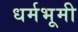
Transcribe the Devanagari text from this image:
धर्मभूमी